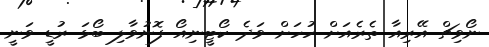
ނޯވިޗް އޭރިއާ ތެރެއަށް ހުހަށް ވަދެ ކޯޓީނިއޯ ފޮނުވާލި ބޯޅަ ރުޑީ ވަނީ